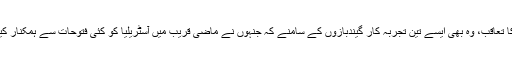
درحقیقت آخری روز 365 رنز کے ہدف کا تعاقب، وہ بھی ایسے تین تجربہ کار گیندبازوں کے سامنے کہ جنہوں نے ماضی قریب میں آسٹریلیا کو کئی فتوحات سے ہمکنار کیا، ناممکن نہ سہی لیکن بہت مشکل کام تھا۔